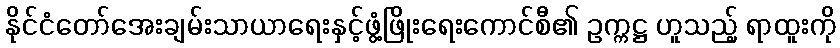
နိုင်ငံတော်အေးချမ်းသာယာရေးနှင့်ဖွံ့ဖြိုးရေးကောင်စီ၏ ဥက္ကဋ္ဌ ဟူသည့် ရာထူးကို